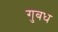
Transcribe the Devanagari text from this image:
गुबध